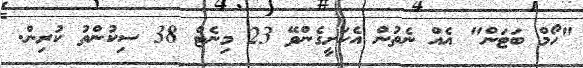
"ހޯމް ބަޓަން" އެއް ނެތުން އެކަށީގެންވޭ 23 މިނެޓް 38 ސިކުންތު ކުރިން.